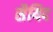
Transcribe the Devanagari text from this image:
सैयिद